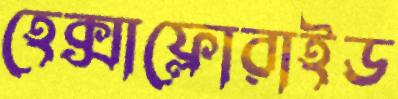
হেক্সাফ্লোরাইড